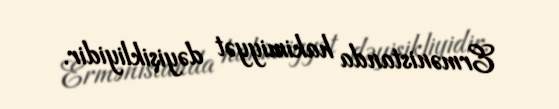
Ermənistanda hakimiyyət dəyişikliyidir.